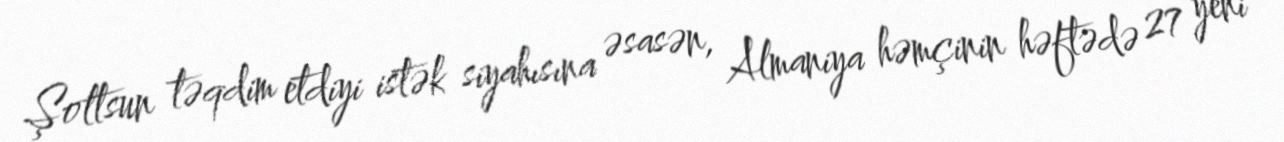
Şoltsun təqdim etdiyi istək siyahısına əsasən, Almaniya həmçinin həftədə 27 yeni